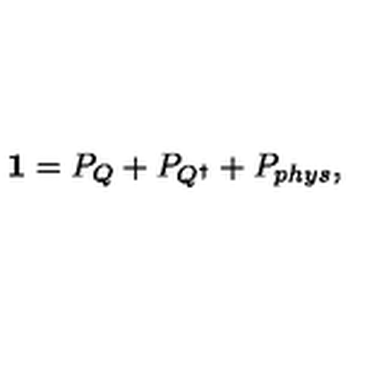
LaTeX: { \mathbf 1 } = P _ { Q } + P _ { Q ^ { \dagger } } + P _ { p h y s } ,